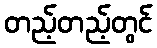
တည့်တည့်တွင်